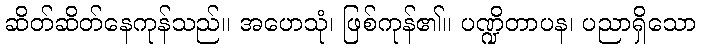
ဆိတ်ဆိတ်နေကုန်သည်။ အဟေသုံ၊ ဖြစ်ကုန်၏။ ပဏ္ဍိတာပန၊ ပညာရှိသော